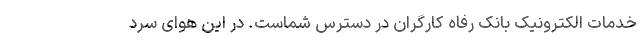
خدمات الکترونیک بانک رفاه کارگران در دسترس شماست. در این هوای سرد